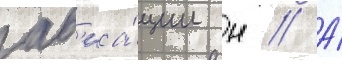
ав'иа́ции н // А́